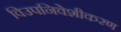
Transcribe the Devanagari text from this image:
विउपनिवेशीकरण